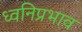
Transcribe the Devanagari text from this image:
ध्वनिप्रभाव